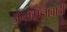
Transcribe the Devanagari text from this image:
अन्तःप्रज्ञावादी